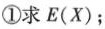
①求E(X)；